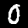
Label: 0